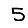
Digit: 5